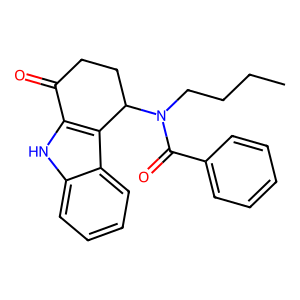
SMILES: CCCCN(C(=O)c1ccccc1)C1CCC(=O)c2[nH]c3ccccc3c21
Inhibits HIV replication: No